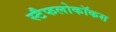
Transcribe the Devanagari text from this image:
स्टैफलोकॉकस